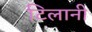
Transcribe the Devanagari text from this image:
टिलानी